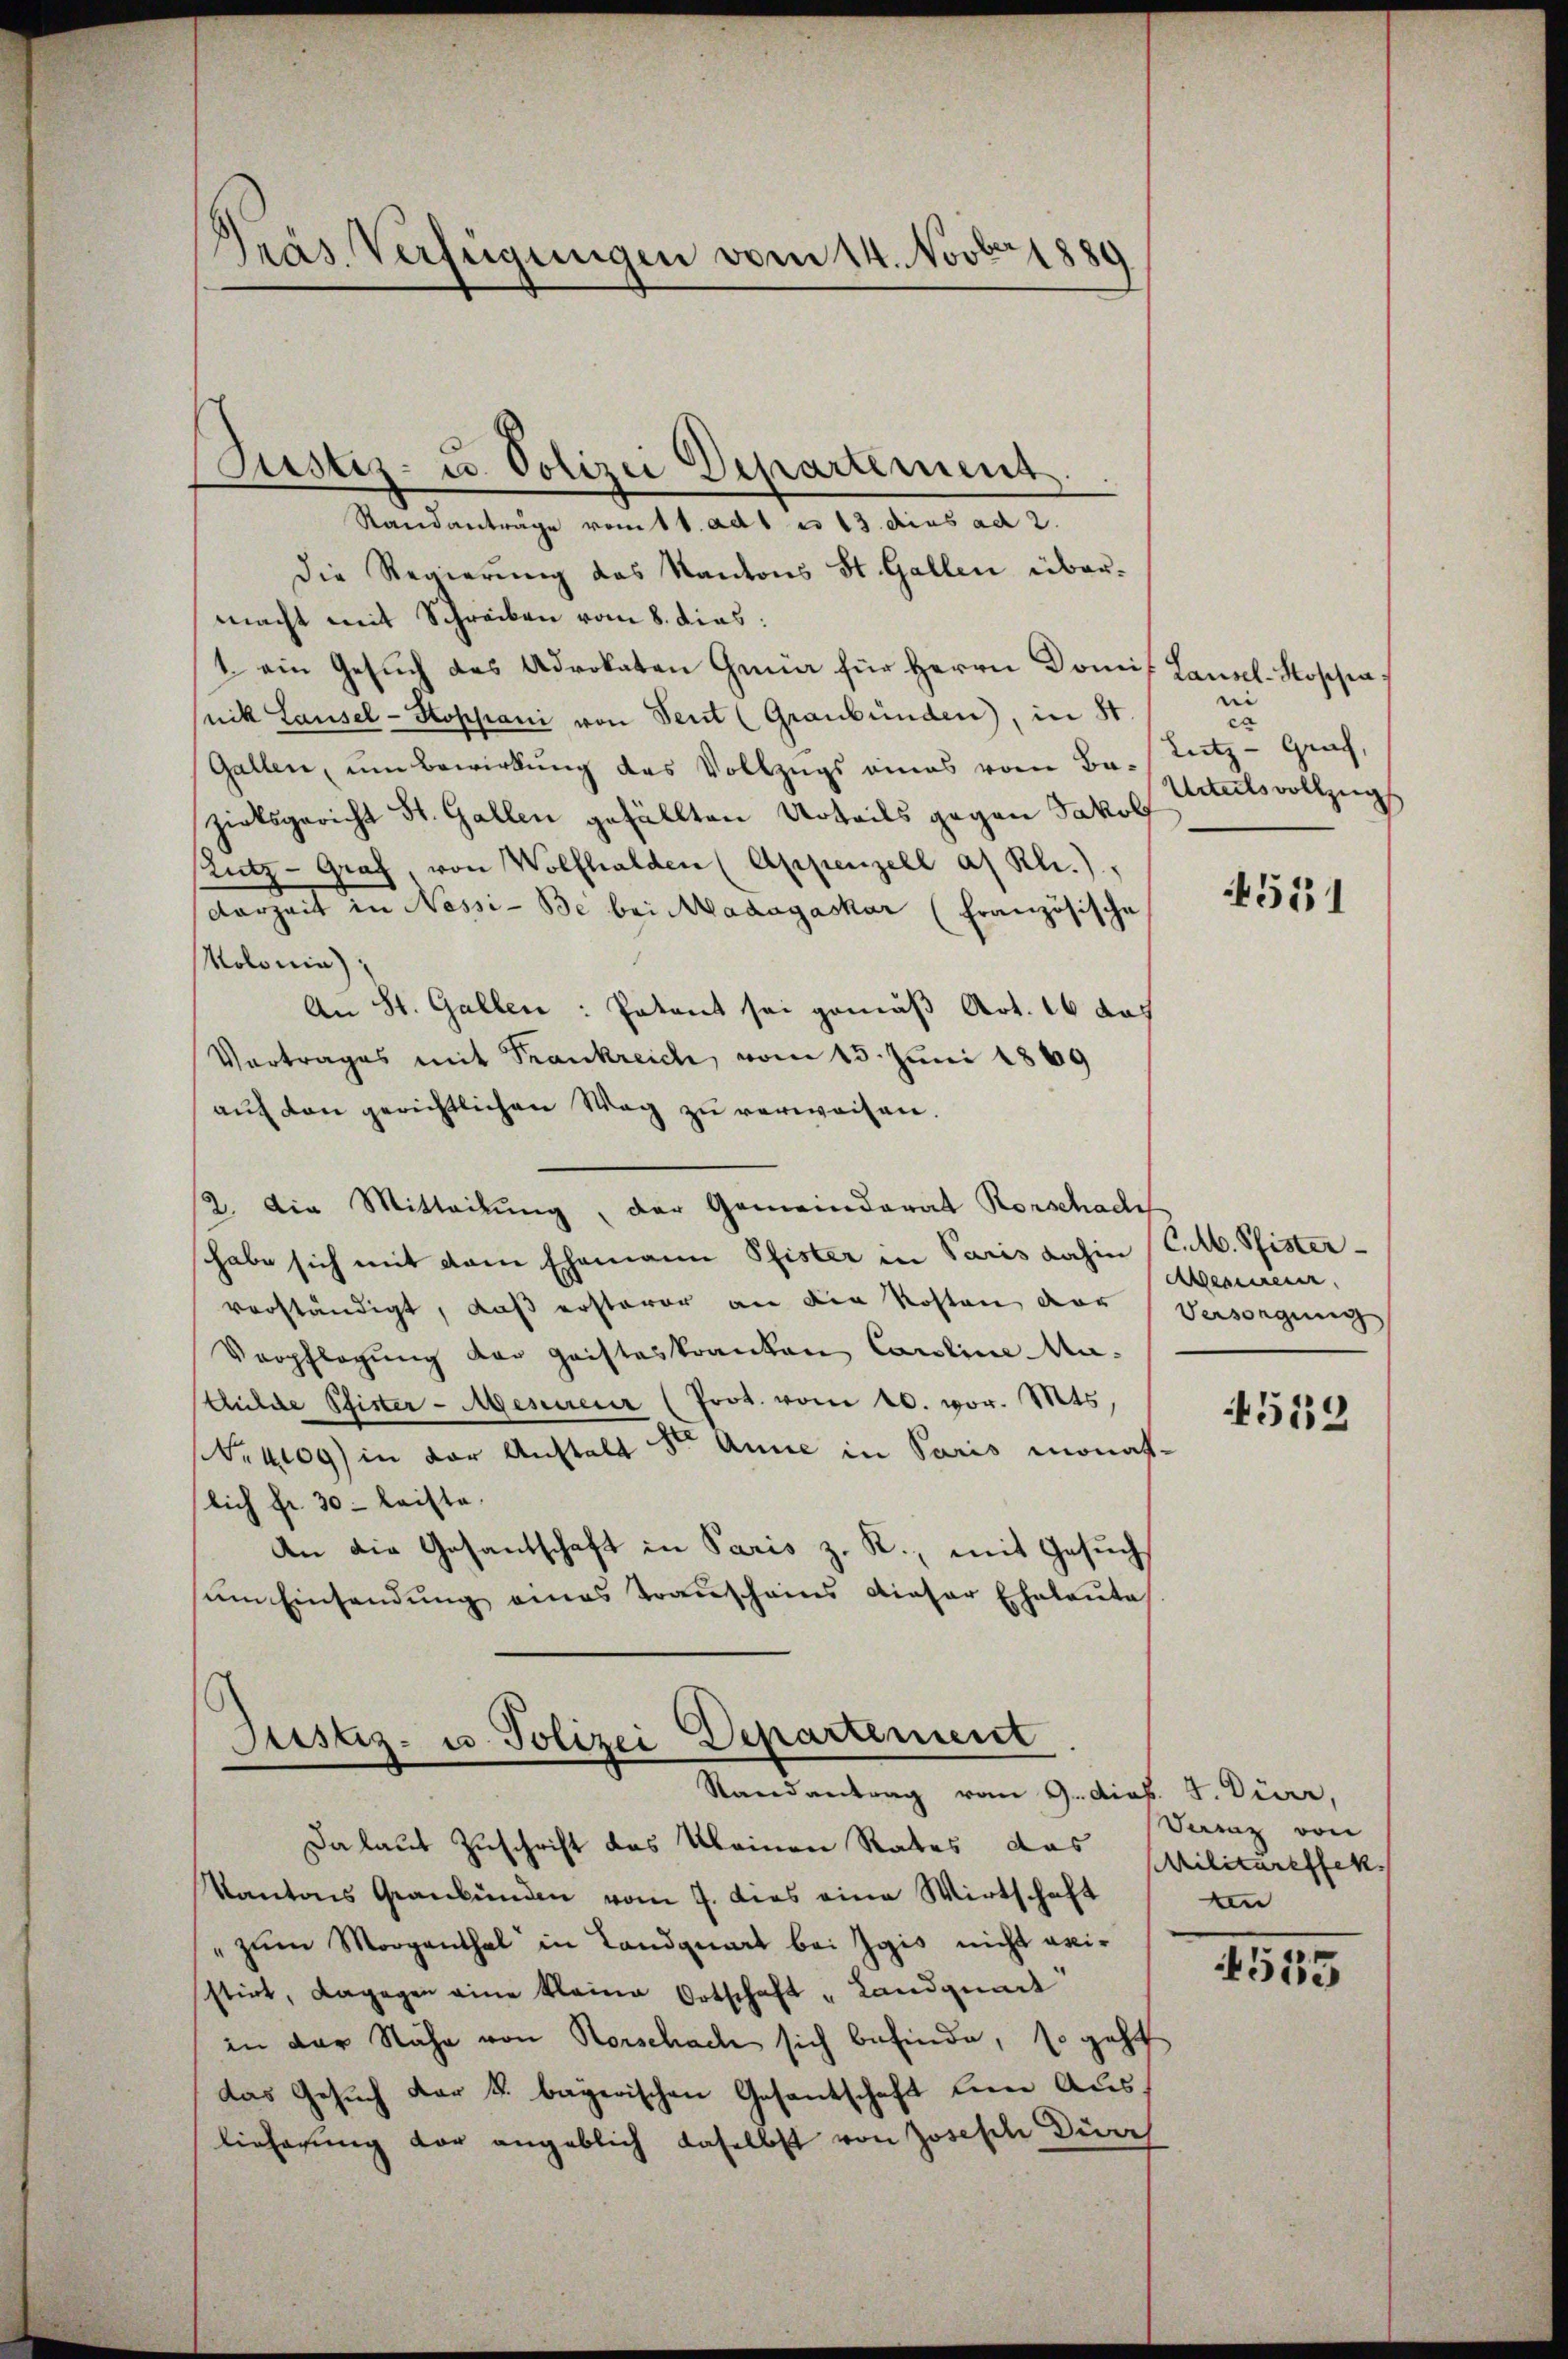
Pras Verfügungen vom 14. Novbr 1889

Standanträge vom 11. ad 1 n 13. dies ad 2.
Die Regierung das Kantons St. Gallen übermacht mit Schreiben vom 8. dies
1 ein Gesuch des Advokaten Gmür für Herrn Domit Lausel-Koschiasnik Lausel-Stoppani von Seit (Graubünden), in St.
Gallen, um Bewirkung des Vollzugs eines vom Ba-Tutz-Grach,
zirksgericht St. Gallen gefällten Urteils gegen Jakob
Zutz-Graf, von Wolfhalden (Appenzell a. Rli.)
darheit in Nossi- Be bei Magagaskar (Französische
Kolonia);
An St. Gallen: Patent sei gemäß Art. 16 des
Vertrages mit Frankreich, vom 13. Juni 1869
auf den gerichtlichen Weg zu verweisen.
12. Die Mitteilung, der Gemeindrat Rorschade
shabe sich mit dem Ehemann Pfister in Paris dahin (C.M. Pfistervorständigt, daß ersterer an den Kosten der Versorgung
Verpflegung der Geisteskranken Caroline Ma-
chulde Pfister-Mescureur (Prot. vom 20. vor. Mts
(Nr. 409) in der Anstalt der Anne in Paris monatlich fr. 30- leiste.
An die Gesantschaft in Paris z. R., mit Gesuch
sem Einsendung eines Transchains dieser Eheleute

Justiz- u. Polizei Departement.

Justiz- u. Polizei Departement
Randantrag vom 9. dies. J. Dürr,

e
ca
Urteilsvollzug

4531

Aeminen

Da laut Zuschrift das kleinen Rates das
Kantons Graubünden vom 7. dies eine Wirtschaft
" zum Morgenthal in Landquart bei Igis nicht existirt, dagegen eine kleine Ortschaft „Landquart
in der Nähe von Rorschach sich befinde, so geht
das Gesuch der k. bayerischen Gesantschaft line Aus¬
Eieferung vor angeblich daselbst von Joseph Dire

4552

Derz von
Militareffek
an

4555